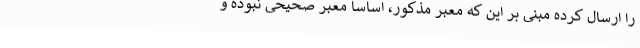
را ارسال کرده مبنی بر این که معبر مذکور، اساسا معبر صحیحی نبوده و